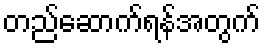
တည်ဆောက်ရန်အတွက်